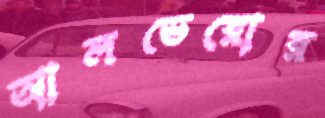
আলভেরোর